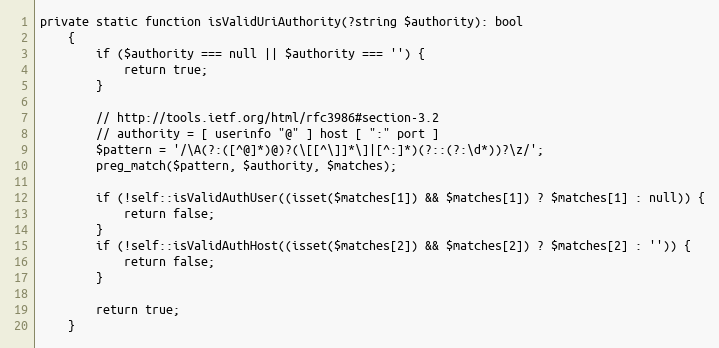
Language: PHP
private static function isValidUriAuthority(?string $authority): bool
    {
        if ($authority === null || $authority === '') {
            return true;
        }

        // http://tools.ietf.org/html/rfc3986#section-3.2
        // authority = [ userinfo "@" ] host [ ":" port ]
        $pattern = '/\A(?:([^@]*)@)?(\[[^\]]*\]|[^:]*)(?::(?:\d*))?\z/';
        preg_match($pattern, $authority, $matches);

        if (!self::isValidAuthUser((isset($matches[1]) && $matches[1]) ? $matches[1] : null)) {
            return false;
        }
        if (!self::isValidAuthHost((isset($matches[2]) && $matches[2]) ? $matches[2] : '')) {
            return false;
        }

        return true;
    }